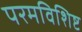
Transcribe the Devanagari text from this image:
परमविशिष्ट